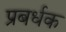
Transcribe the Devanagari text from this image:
प्रबर्धक